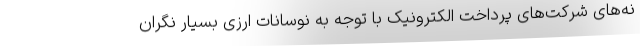
نه‌های شرکت‌های پرداخت الکترونیک با توجه به نوسانات ارزی بسیار نگران‌